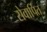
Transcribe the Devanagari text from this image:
सेवार्पित